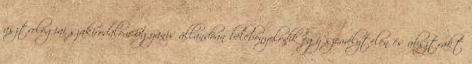
asztrológiai szakirodalom ugyanis állandóan belebonyolódik egy személytelen és absztrakt